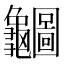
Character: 𪛇